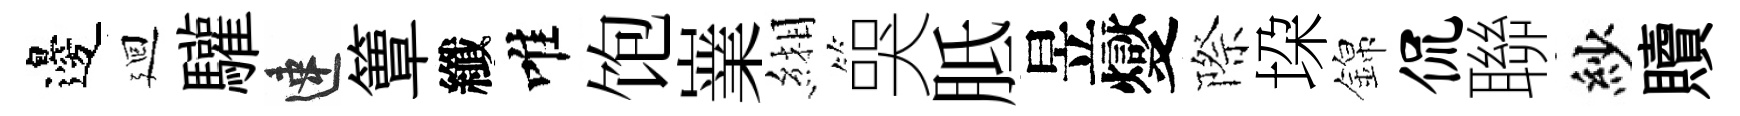
邊廻驩速簟纖唯饱嶪緗哭胝昱燮際垜錦侃聯紗贖